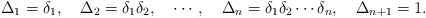
\begin{align*}\Delta_1 = \delta_1, \quad \Delta_2 = \delta_1 \delta_2, \quad \cdots, \quad \Delta_n = \delta_1 \delta_2 \cdots \delta_n, \quad \Delta_{n+1} = 1.\end{align*}